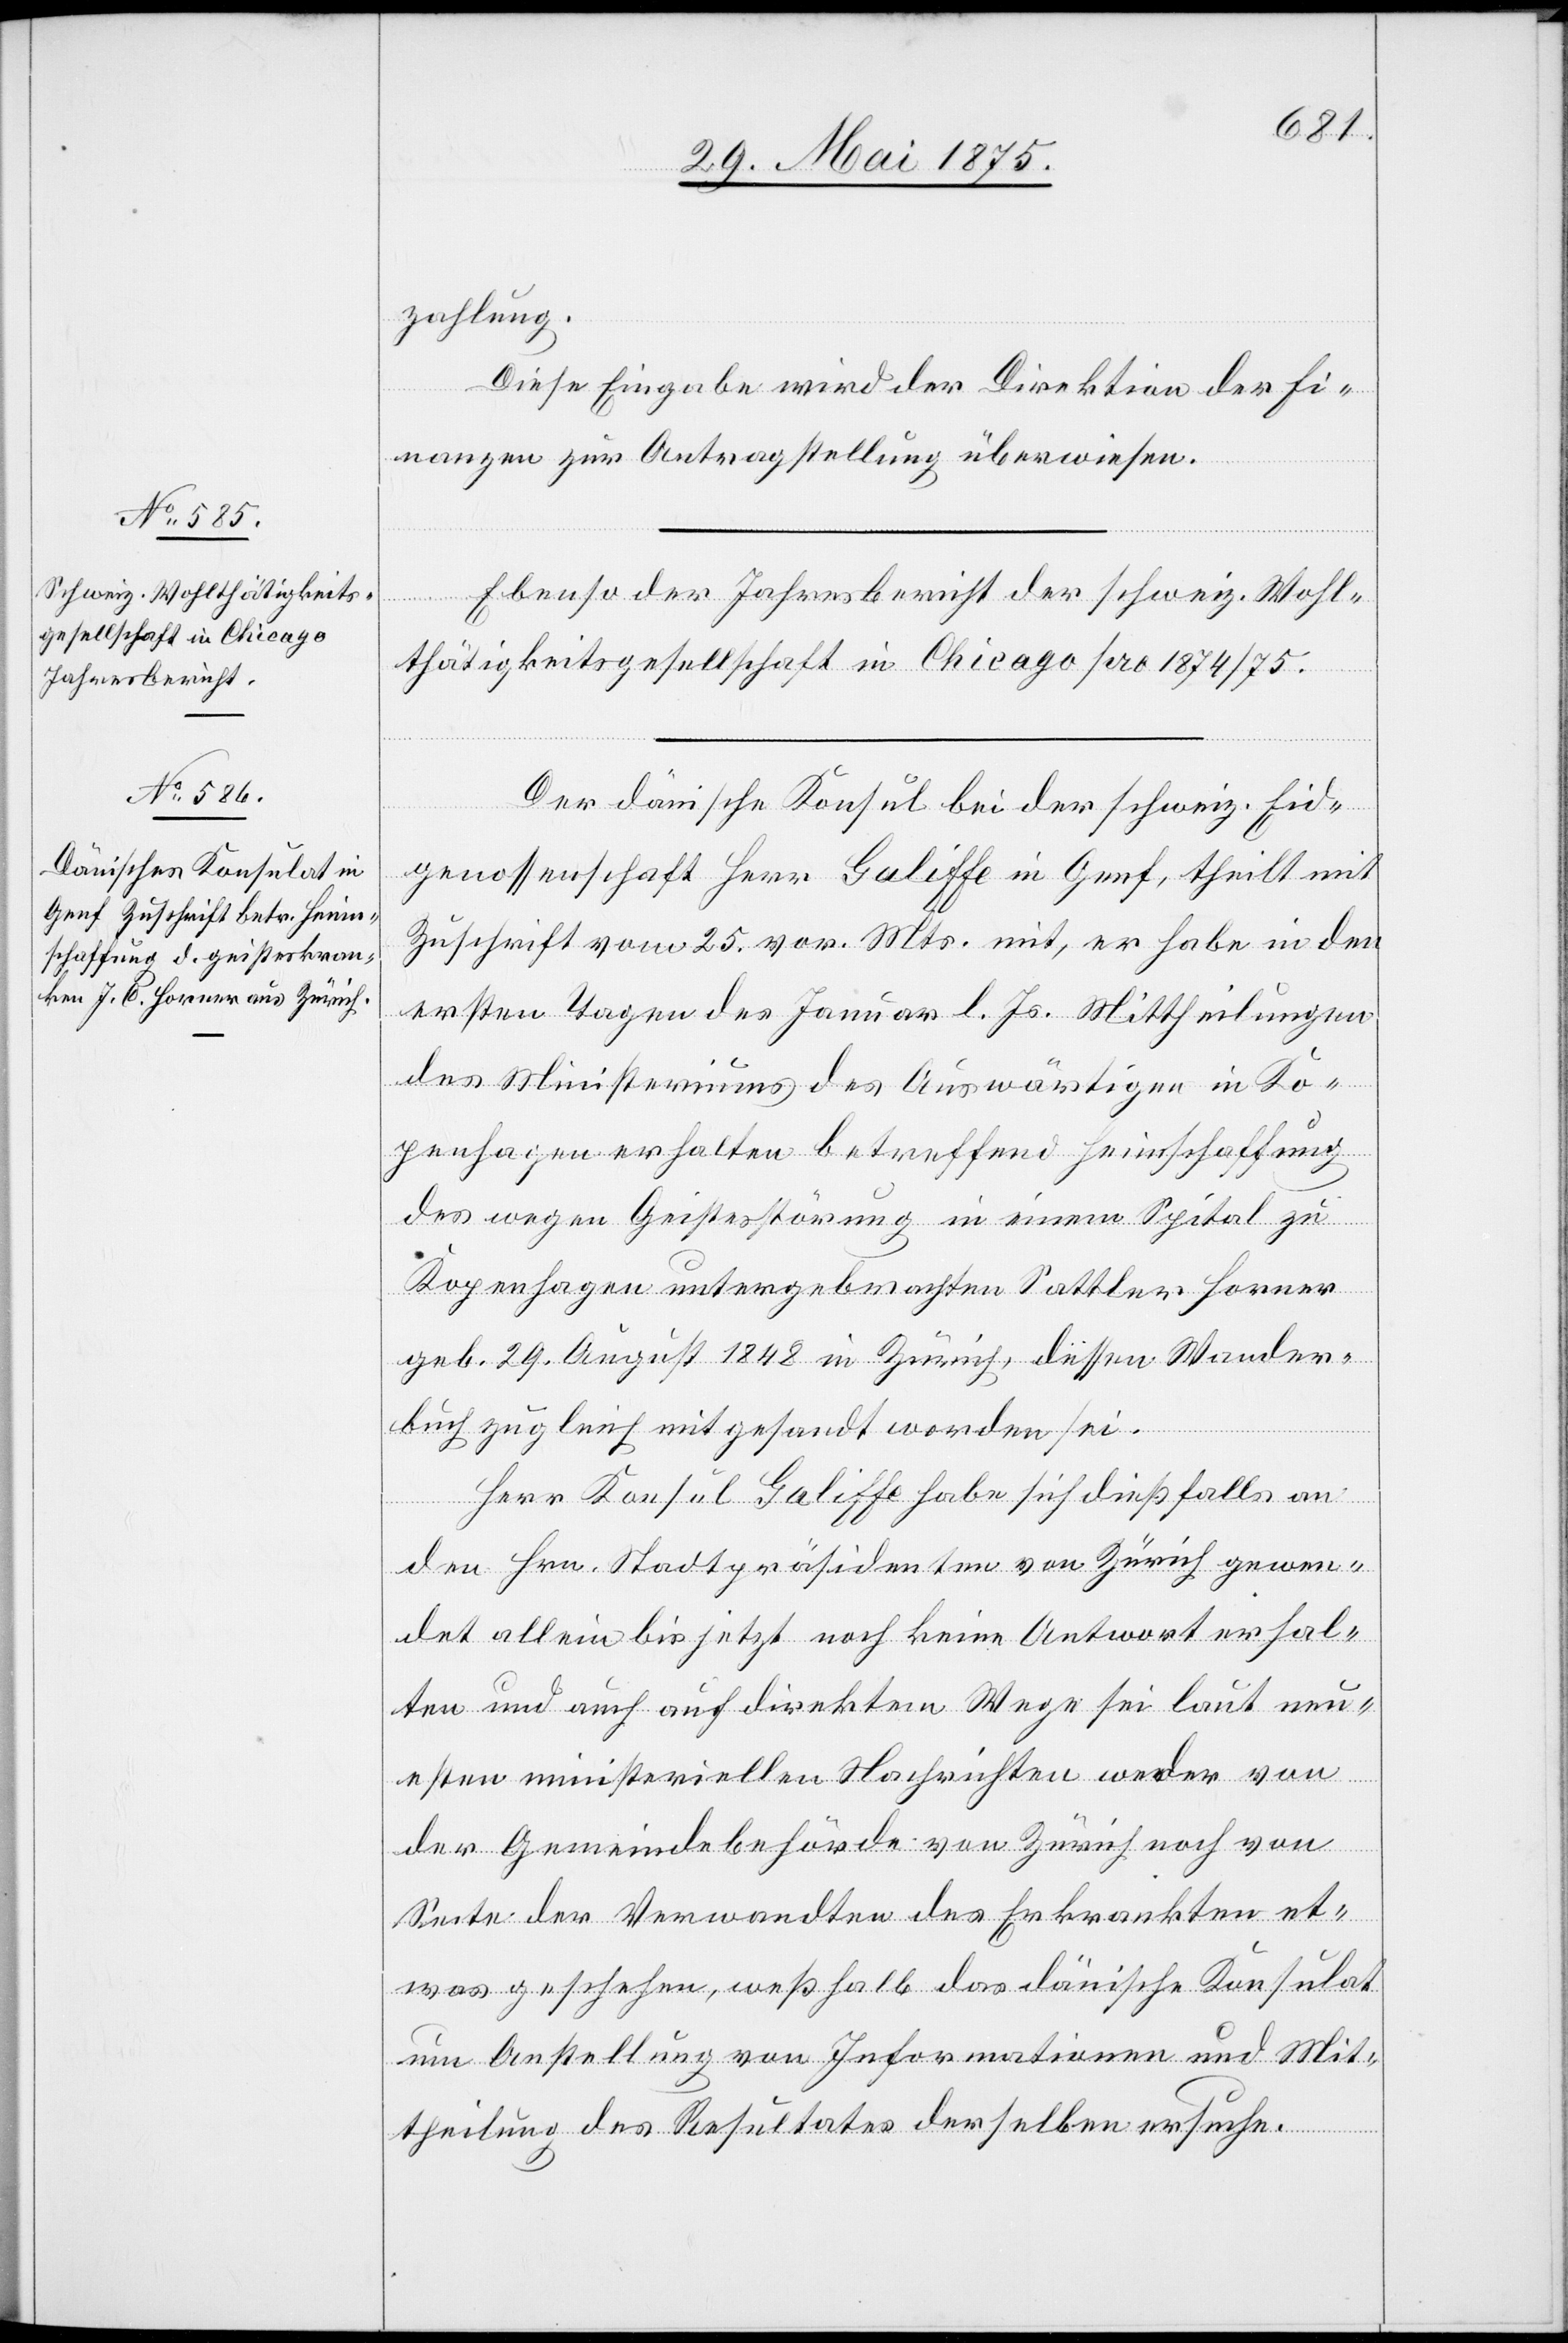
zahlung.
Diese Eingabe wird der Direktion der Fi¬
nanzen zur Antragstellung überwiesen.
Ebenso der Jahresbericht der schweiz. Wohl¬
tätigkeitsgesellschaft in Chicago pro 1874/75.
Der dänische Konsul bei der schweiz. Eid¬
genossenschaft Herr Galiffe in Genf, theilt mit
Zuschrift vom 25. vor. Mts. mit, er habe in den
ersten Tagen des Januar l. Js. Mittheilungen
des Ministeriums des Auswärtigen in Ko¬
penhagen erhalten[,] betreffend Heimschaffung
des wegen Geistesstörung in einem Spital zu
Kopenhagen untergebrachten Sattler Horner
geb. 29. August 1848 in Zürich, dessen Wander¬
buch zugleich mitgesandt worden ist.
Herr Konsul Galiffe habe sich dießfalls an
den Hrn. Stadtpräsidenten von Zürich gewen¬
det allein bis jetzt noch keine Antwort erhal¬
ten und auch auf direktem Wege sei laut neu¬
esten ministeriellen Nachrichten weder von
der Gemeindebehörde von Zürich noch von
Seite der Verwandten des Erkrankten et¬
was geschehen, weßhalb das dänische Konsulat
um Anstellung von Informationen und Mit¬
theilung des Resultates derselben ersuche.